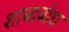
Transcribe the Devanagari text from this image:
शाब्दबोध